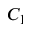
C _ { 1 }